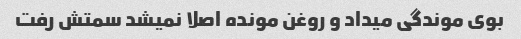
بوی موندگی میداد و روغن مونده اصلا نمیشد سمتش رفت